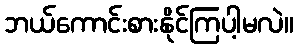
ဘယ်ကောင်းစားနိုင်ကြပါ့မလဲ။